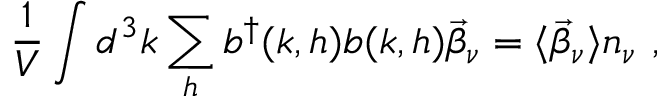
\frac { 1 } { V } \int d ^ { 3 } k \sum _ { h } b ^ { \dagger } ( k , h ) b ( k , h ) \vec { \beta } _ { \nu } = \langle \vec { \beta } _ { \nu } \rangle n _ { \nu } ~ ,